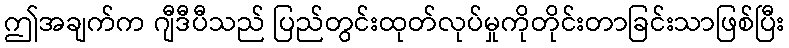
ဤအချက်က ဂျီဒီပီသည် ပြည်တွင်းထုတ်လုပ်မှုကိုတိုင်းတာခြင်းသာဖြစ်ပြီး